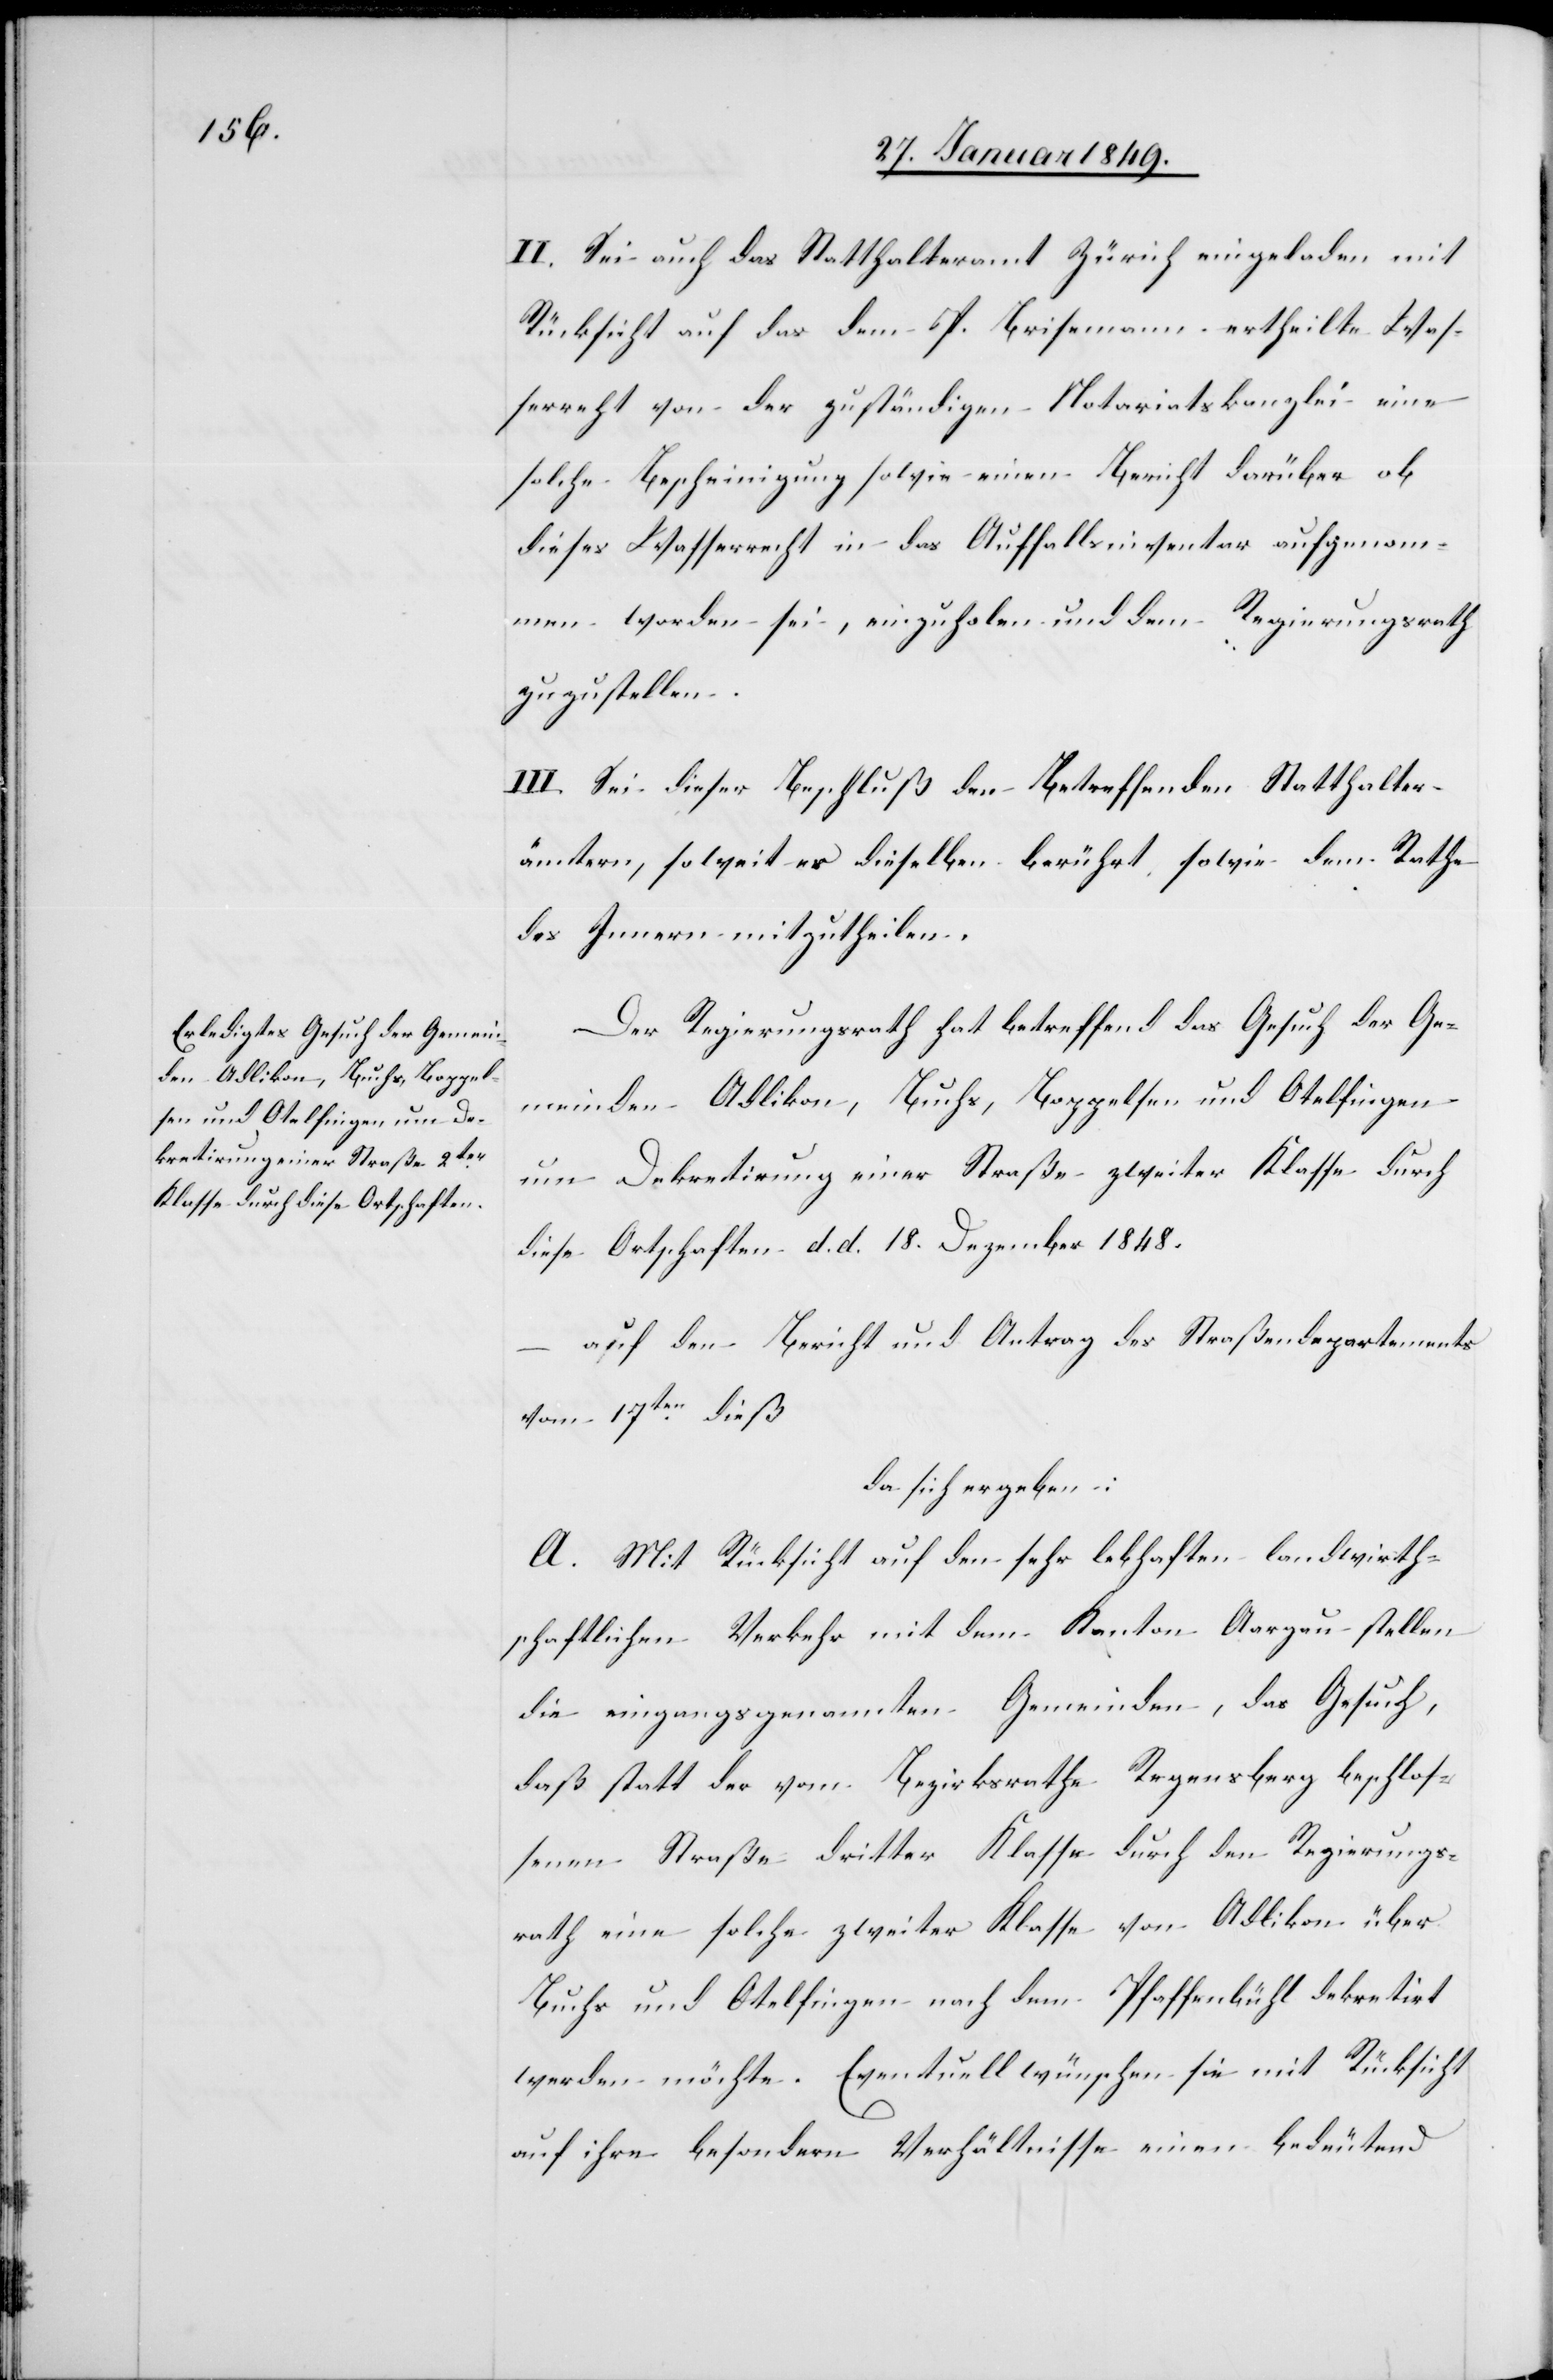
II. Sei auch das Statthalteramt Zürich eingeladen mit
Rücksicht auf das dem P. Brisemann ertheilte Was¬
serrecht von der zuständigen Notariatskanzlei eine
solche Bescheinigung sowie einen Bericht darüber ob
dieses Wasserrecht in das Auffallsinventar aufgenom¬
men worden sei, einzuholen und dem Regierungsrath
zuzustellen.
III. Sei dieser Beschluß den betreffenden Statthalter¬
ämtern, soweit es dieselben berührt sowie dem Rathe
des Innern mitzutheilen.
Der Regierungsrath hat betreffend das Gesuch der Ge¬
meinden Adlikon, Buchs, Boppelsen und Otelfingen
um Dekretirung einer Straße zweiter Klasse durch
diese Ortschaften d. d. 18. Dezember 1848.
auf den Bericht und Antrag des Straßendepartements
vom 17ten. dieß
da sich ergeben:
A. Mit Rücksicht auf den sehr lebhaften landwirth¬
schaftlichen Verkehr mit dem Kanton Aargau stellen
die eingangs genannten Gemeinden, das Gesuch,
daß statt der vom Bezirksrathe Regensberg beschlos¬
senen Straße dritter Klasse durch den Regierungs¬
rath eine solche zweiter Klasse von Adlikon über
Buchs und Otelfingen nach dem Pfaffenbühl dekretirt
werden möchte. Eventuell wünschen sie mit Rücksicht
auf ihre besondern Verhältnisse einen bedeutend